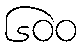
၆၀၀